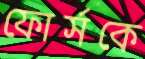
ফোর্সকে